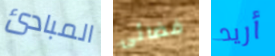
المبادئ فضائى أريد